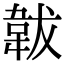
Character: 韍